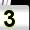
Digit: 3